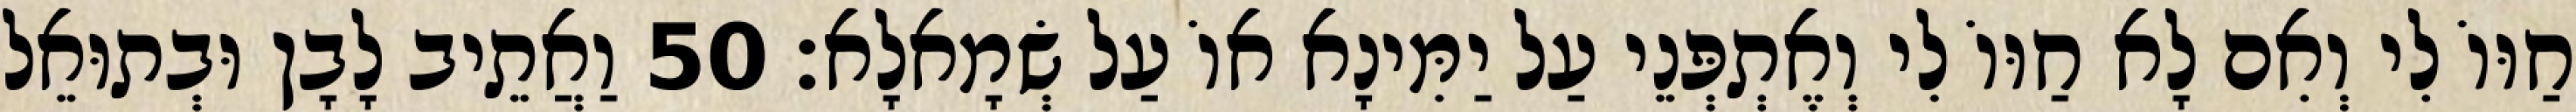
חַוּוֹ לִי וְאִם לָא חַוּוֹ לִי וְאֶתְפְּנֵי עַל יַמִּינָא אוֹ עַל שְׂמָאלָא׃ 50 וַאֲתֵיב לָבָן וּבְתוּאֵל